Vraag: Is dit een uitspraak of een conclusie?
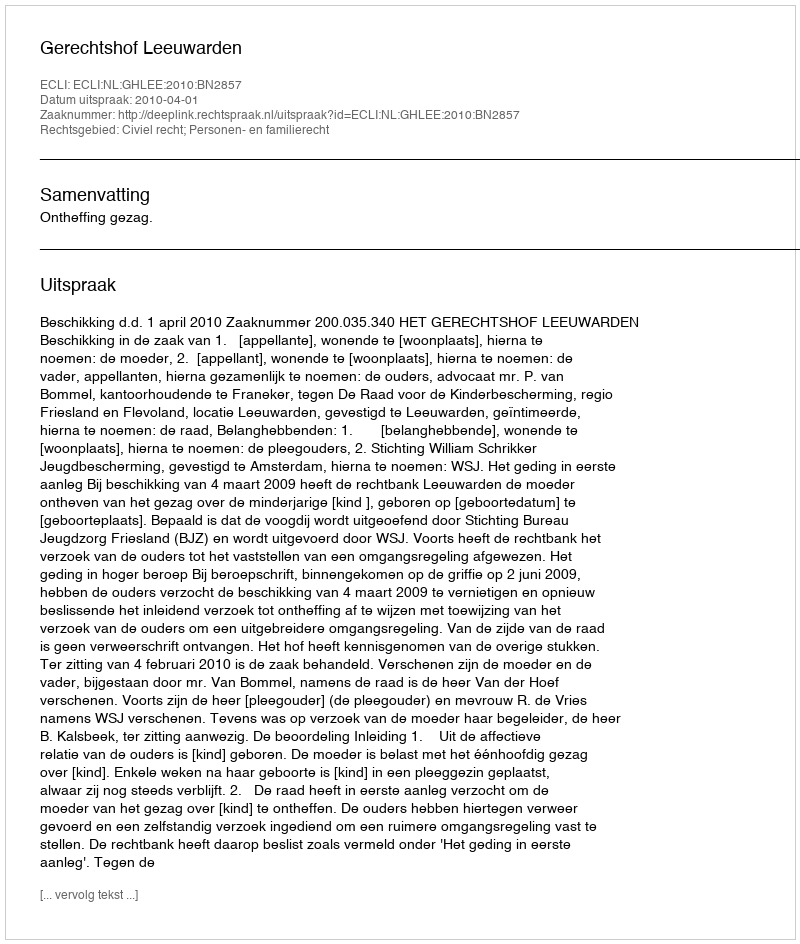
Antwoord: Uitspraak